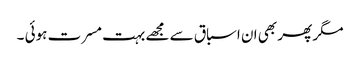
مگر پھر بھی ان اسباق سے مجھے بہت مسرت ہوئی ۔